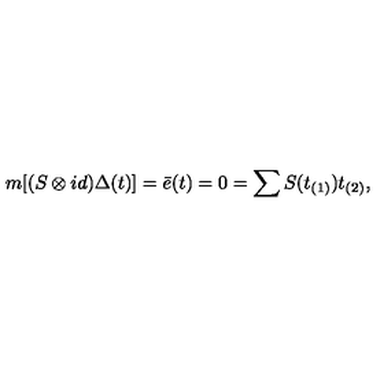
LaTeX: m [ ( S \otimes i d ) \Delta ( t ) ] = \bar { e } ( t ) = 0 = \sum S ( t _ { ( 1 ) } ) t _ { ( 2 ) } ,